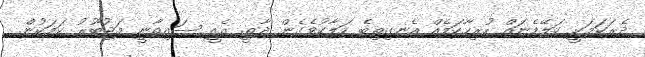
ދެރަކަމަކީ ކަލޭމެނައް ހުރިހާކަމެއް އެނގިތިބެ ހަލާކުވެގެން ދާތީ. އެއީ ސައިތާނީ މަޖުބޫރު ކަމަކުން.